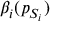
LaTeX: \beta _ { i } ( p _ { S _ { i } } )